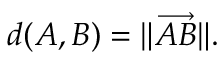
d ( A , B ) = \| { \overrightarrow { A B } } \| .